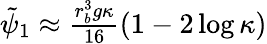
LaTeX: \begin{array}{r}{\tilde{\psi}_{1}\approx\frac{r_{b}^{3}g\kappa}{16}\left(1-2\log\kappa\right)}\end{array}